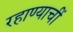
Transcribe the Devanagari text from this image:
रहाण्याचीं